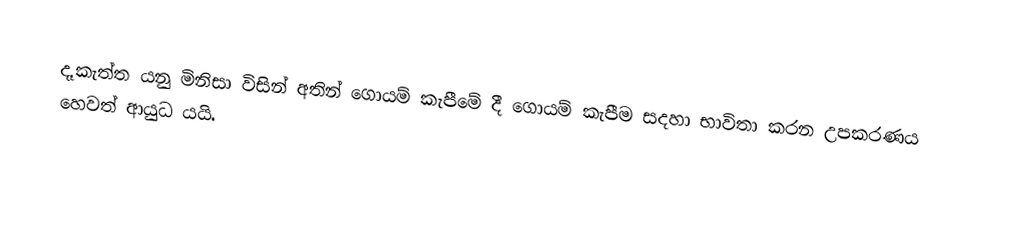
දෑකැත්ත යනු මිනිසා විසින් අතින් ගොයම් කැපීමේ දී ගොයම් කැපීම සදහා භාවිතා කරන උපකරණය හෙවත් ආයුධ යයි.